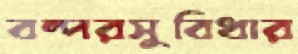
বন্দরসুবিধার